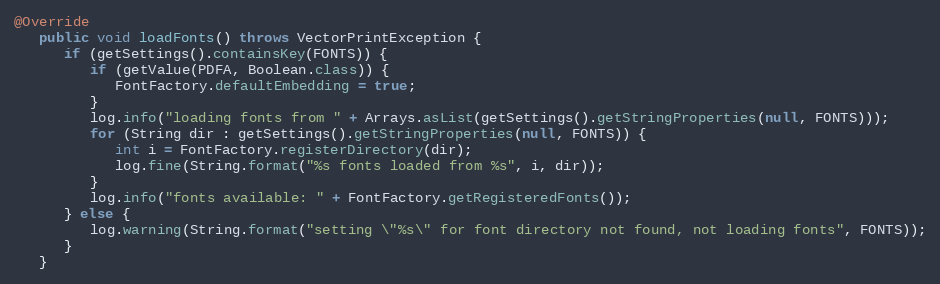
Language: Java
@Override
   public void loadFonts() throws VectorPrintException {
      if (getSettings().containsKey(FONTS)) {
         if (getValue(PDFA, Boolean.class)) {
            FontFactory.defaultEmbedding = true;
         }
         log.info("loading fonts from " + Arrays.asList(getSettings().getStringProperties(null, FONTS)));
         for (String dir : getSettings().getStringProperties(null, FONTS)) {
            int i = FontFactory.registerDirectory(dir);
            log.fine(String.format("%s fonts loaded from %s", i, dir));
         }
         log.info("fonts available: " + FontFactory.getRegisteredFonts());
      } else {
         log.warning(String.format("setting \"%s\" for font directory not found, not loading fonts", FONTS));
      }
   }